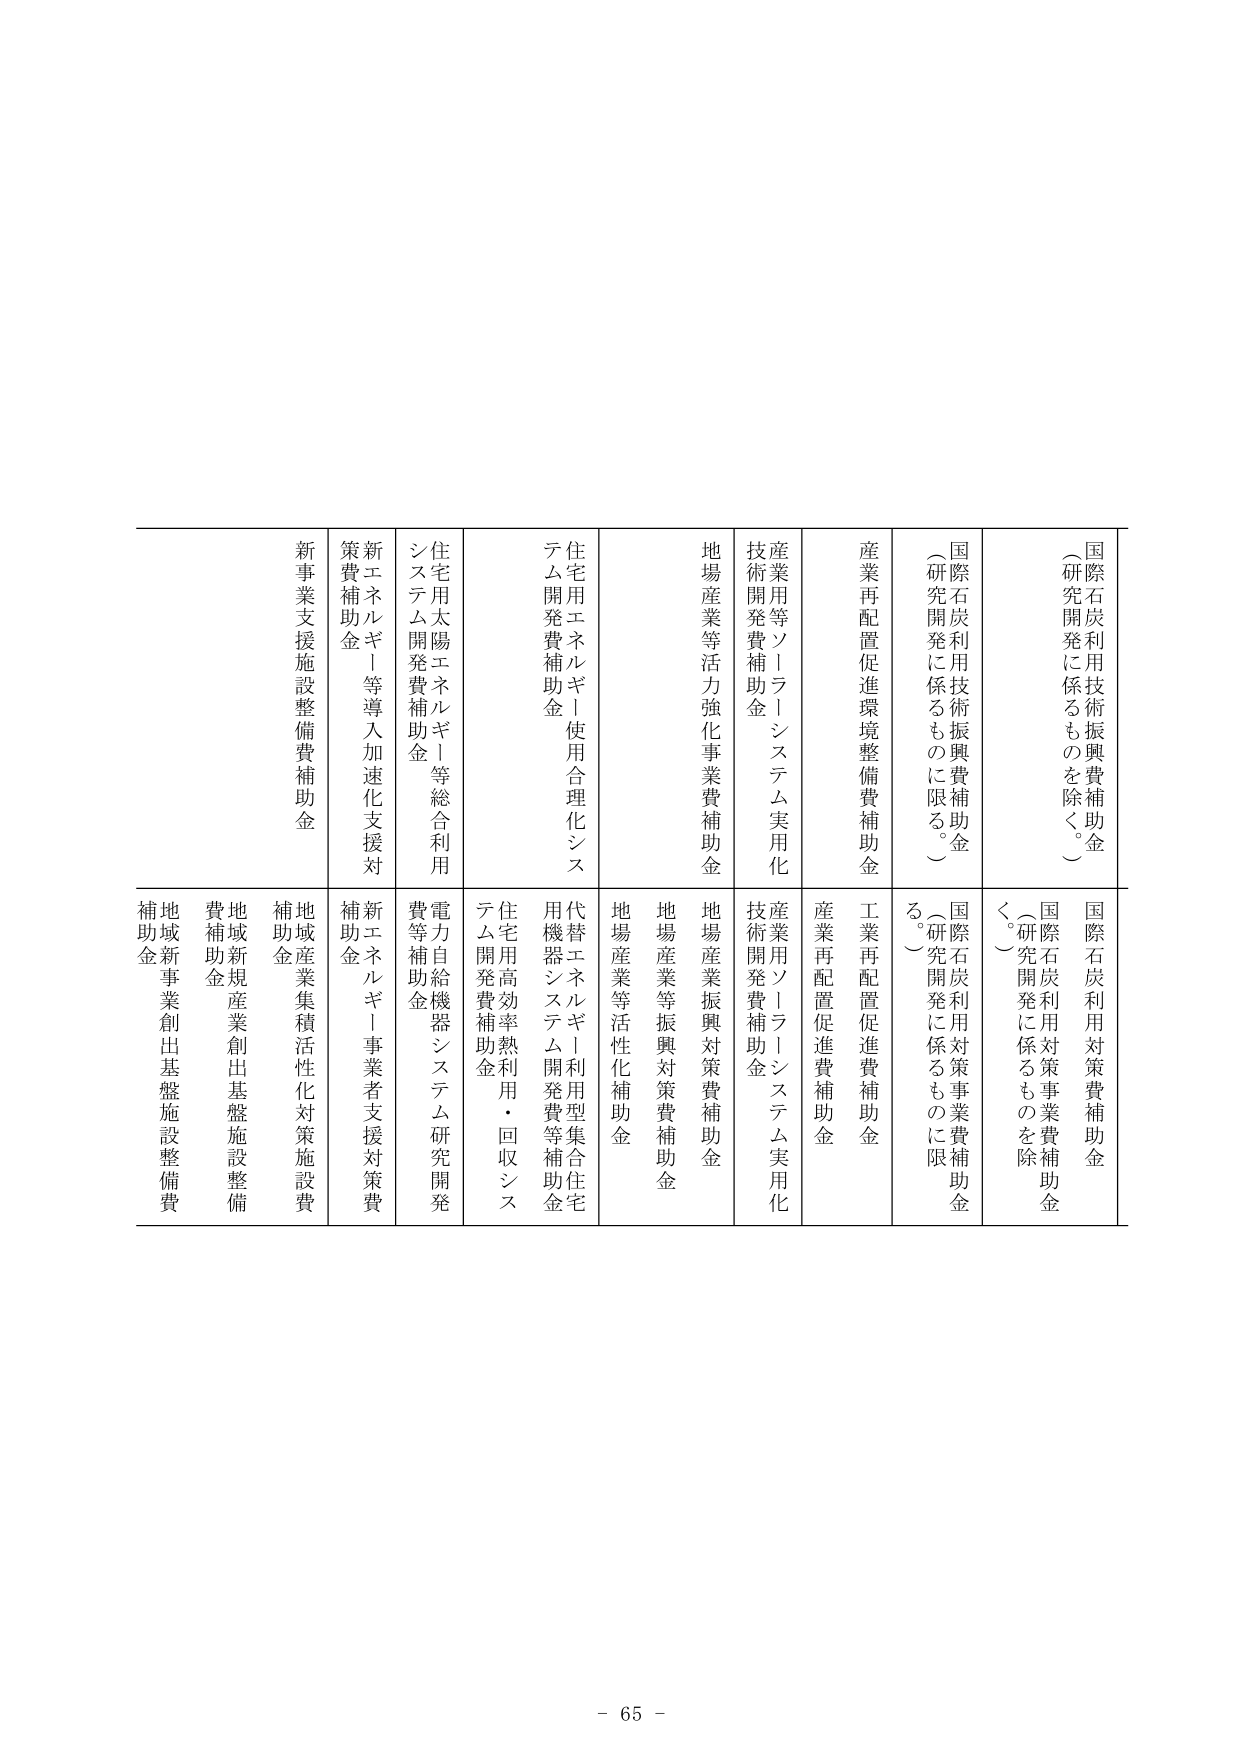
国際石炭利用技術振興費補助金
（研究開発に係るものを除く。）
国際石炭利用対策費補助金
（研究開発に係るものを除く。）
国際石炭利用技術振興費補助金
（研究開発に係るものに限る。）
国際石炭利用対策事業費補助金
（研究開発に係るものに限る。）

産業再配置促進環境整備費補助金
産業再配置促進費補助金

産業用等ソーラーシステム実用化技術開発費補助金
産業用ソーラーシステム実用化技術開発費補助金

地場産業等活力強化事業費補助金
地場産業振興対策費補助金
地場産業等振興対策費補助金
地場産業等活性化補助金

住宅用エネルギー使用合理化システム開発費補助金
代替エネルギー利用型集合住宅用機器システム開発費等補助金
住宅用高効率熱利用・回収システム開発費補助金

住宅用太陽エネルギー等総合利用システム開発費補助金
電力自給機器システム研究開発費等補助金

新エネルギー等導入加速化支援対策費補助金
新エネルギー事業者支援対策費補助金

新事業支援施設整備費補助金
地域産業集積活性化対策施設費補助金
地域新規産業創出基盤施設整備費補助金
地域新事業創出基盤施設整備費補助金

- 65 -